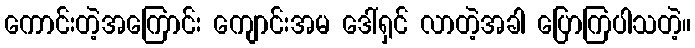
ကောင်းတဲ့အကြောင်း ကျောင်းအမ ဒေါ်ရှင် လာတဲ့အခါ ပြောကြပါသတဲ့။